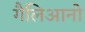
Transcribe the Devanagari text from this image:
गैलिआनो